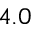
4 . 0